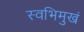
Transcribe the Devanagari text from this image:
स्वभिमुखं